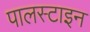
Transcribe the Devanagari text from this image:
पालस्टाइन